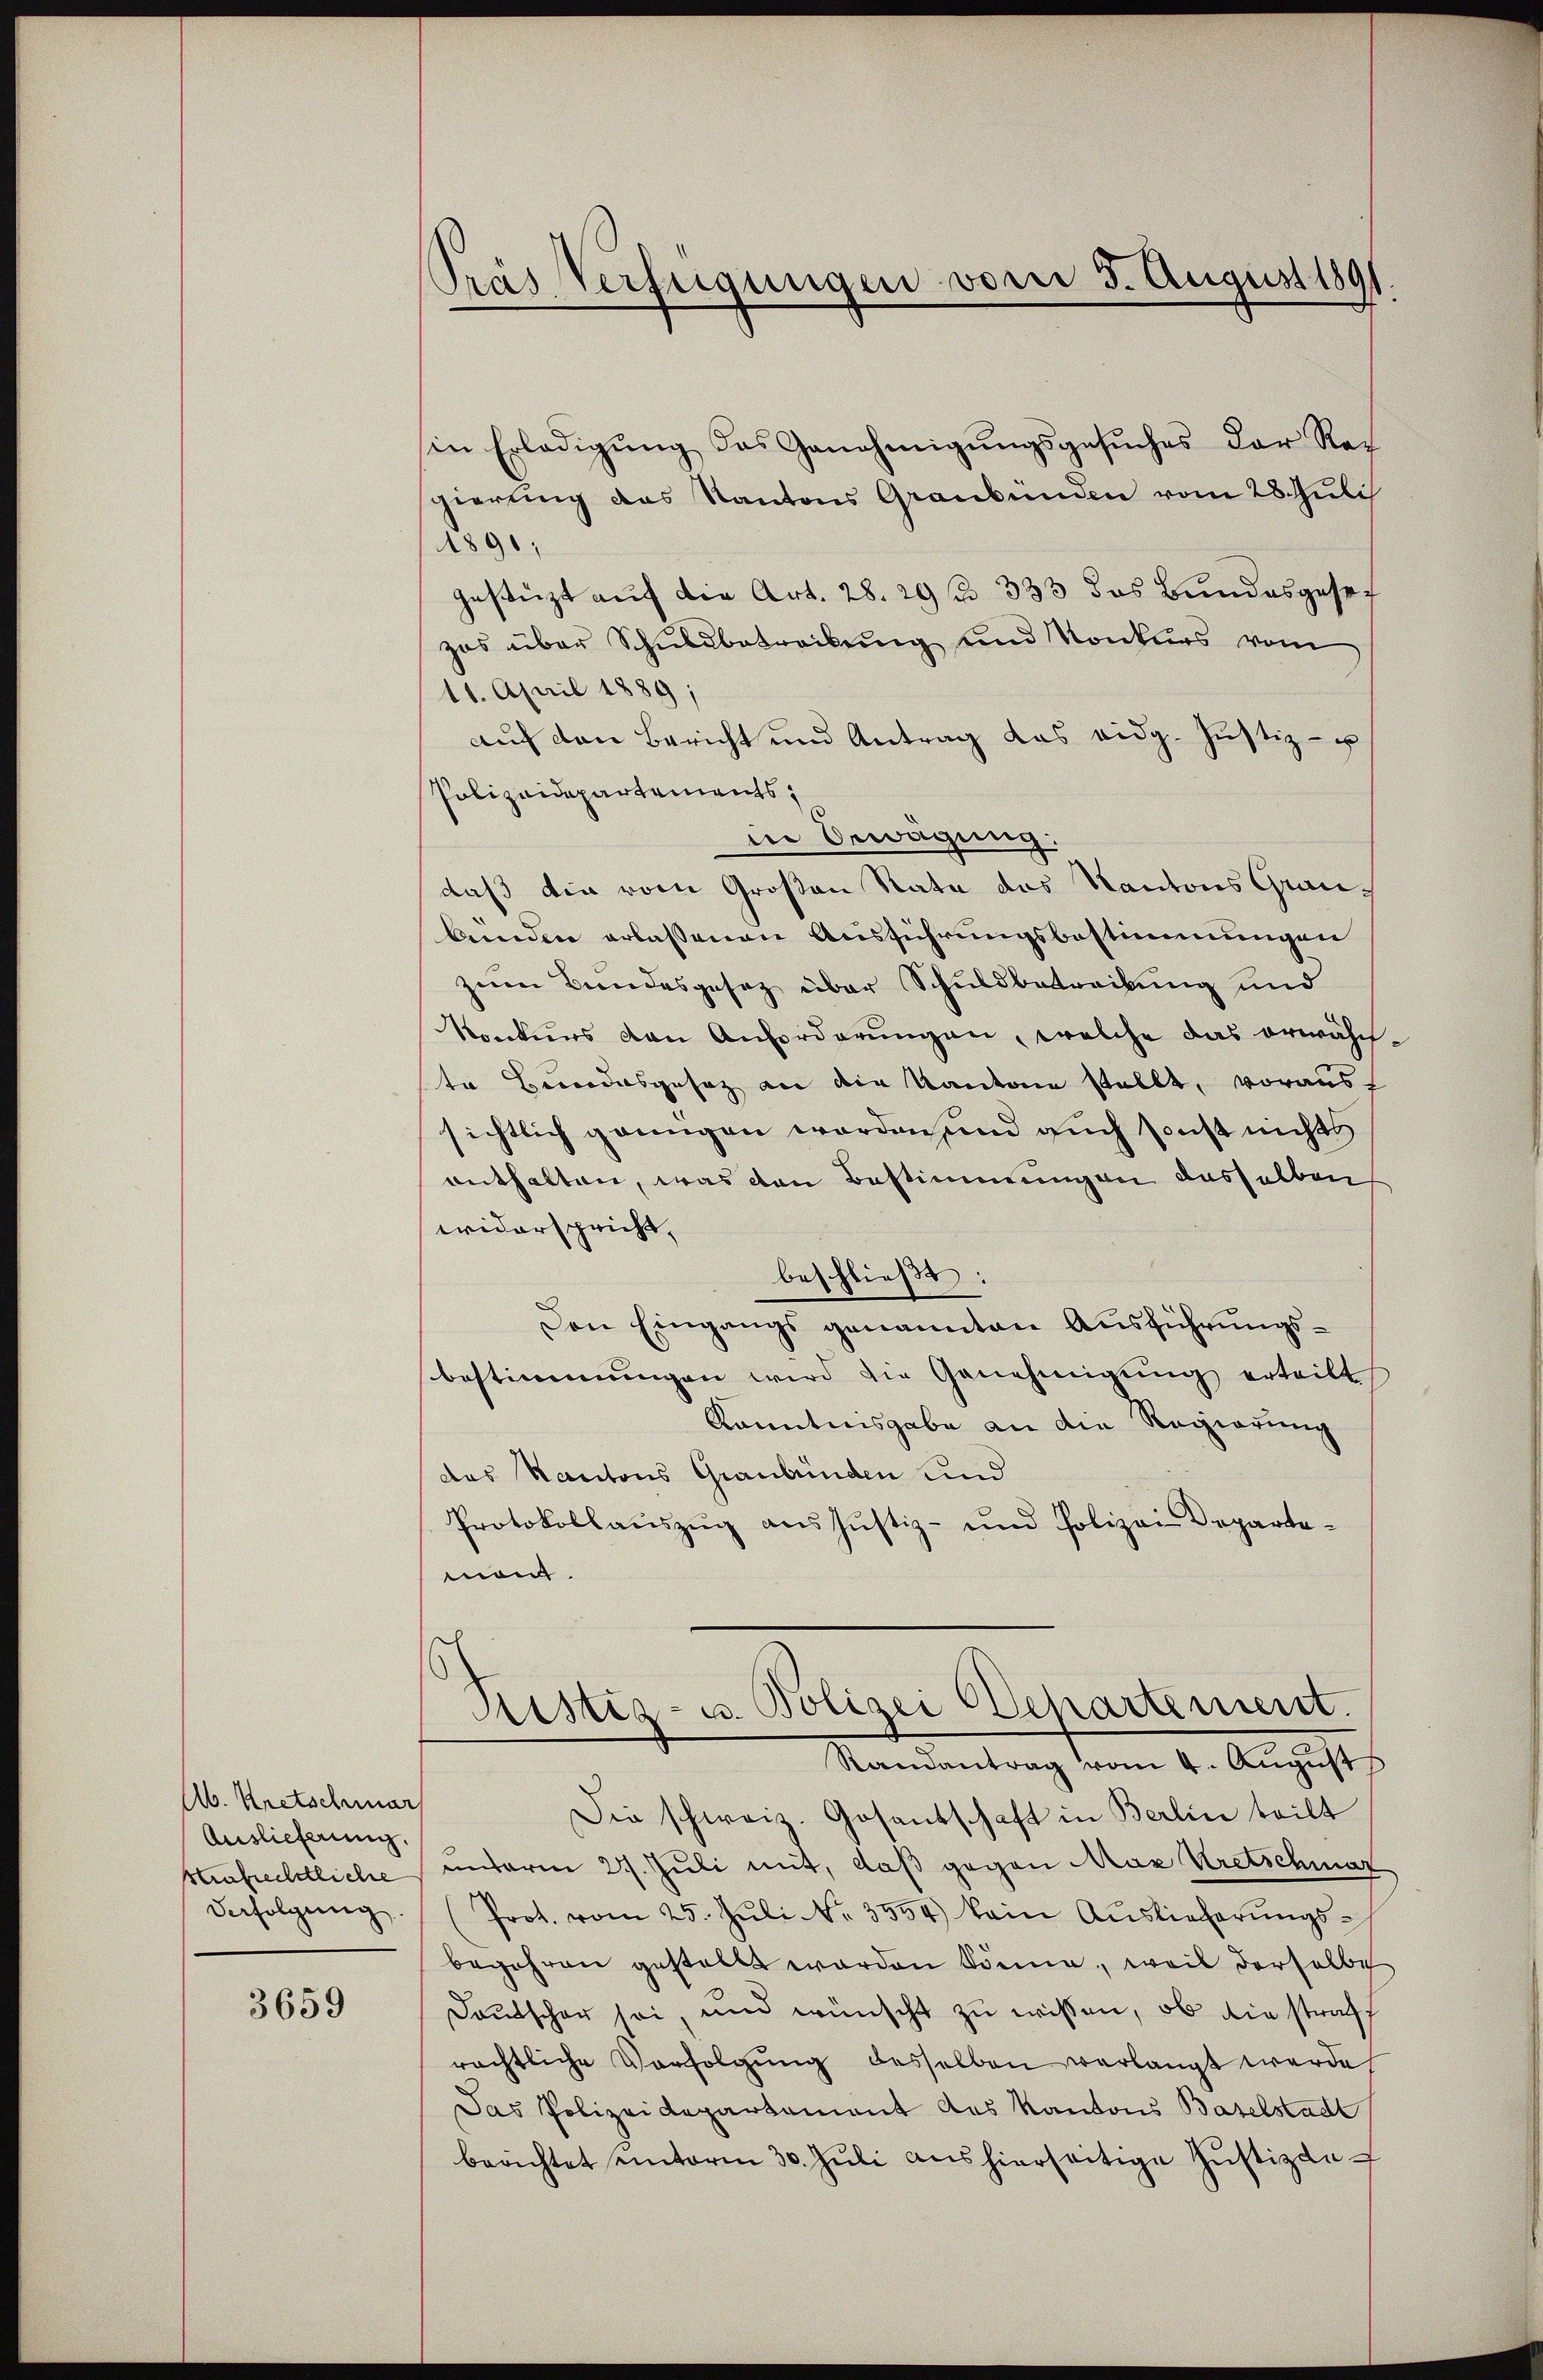
Ab. Kretschwar
Auslieferung.
strafrechtliche
derfolgung

3659

Pras Verfügungen vom 3. August 189
¬

in Erledigŭng das Genehmigŭngsgesŭches der Rei
gierung des Kantons Graubünden vom 28. Juli
1890;
Gestüzt auf die Art. 28. 29 n 333 das Bundesgeset
zes über Schuldbetreibung und Konkurs vom
11. April 1889;
aŭf den Bericht und Antrag das eidg. Justiz- u
Polizeidepartements,
in Bewägung.
daß die vom Großen Rate das Kantons Grunbunden erlassenen Ausführungsbestimmungen
zum Bundesgesetz über Schuldbetreibung und
Konkurs von Anforderŭngen, welche das erwähn-
te Bundesgesetz an die Kantone stellt, vorausf
sichtlich grungen worden, und auch sonst nichts
enthalten, was den Bestimmungen dasselben
widerspricht,
beschließt:
Den Eingangs genannten Ausführungs-
bestimmungen wird die Genehmigŭng erteilt
Kanntnisgabe an die Regierung
das Kantons Graubünden und
Protokollauszug aus Justiz- und Polizei Departeman.
Ristiz- u. Polizei Departement.
Randantrag vom 4. August
Die schweiz. Gosantschaft in Berlin teilt
unterm 27. Juli mit, daß gegen Max Wretschmar
(Prot. vom 25. Jŭli Nr. 3554) kein Auslieferŭngs-
begehren gestellt worden könne, weil derselbe
Deutscher sei, und wünscht zu wissen, ob die straff
rächtliche Verfolgung desselben verlangt werde
Das Polizeidepartement des Kantons Baselstadt
berichtet unterm 30. Juli aus hierseitige Justizde